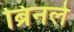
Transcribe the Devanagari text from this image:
ब्रिनले